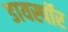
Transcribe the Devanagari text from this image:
डायस्पॉर